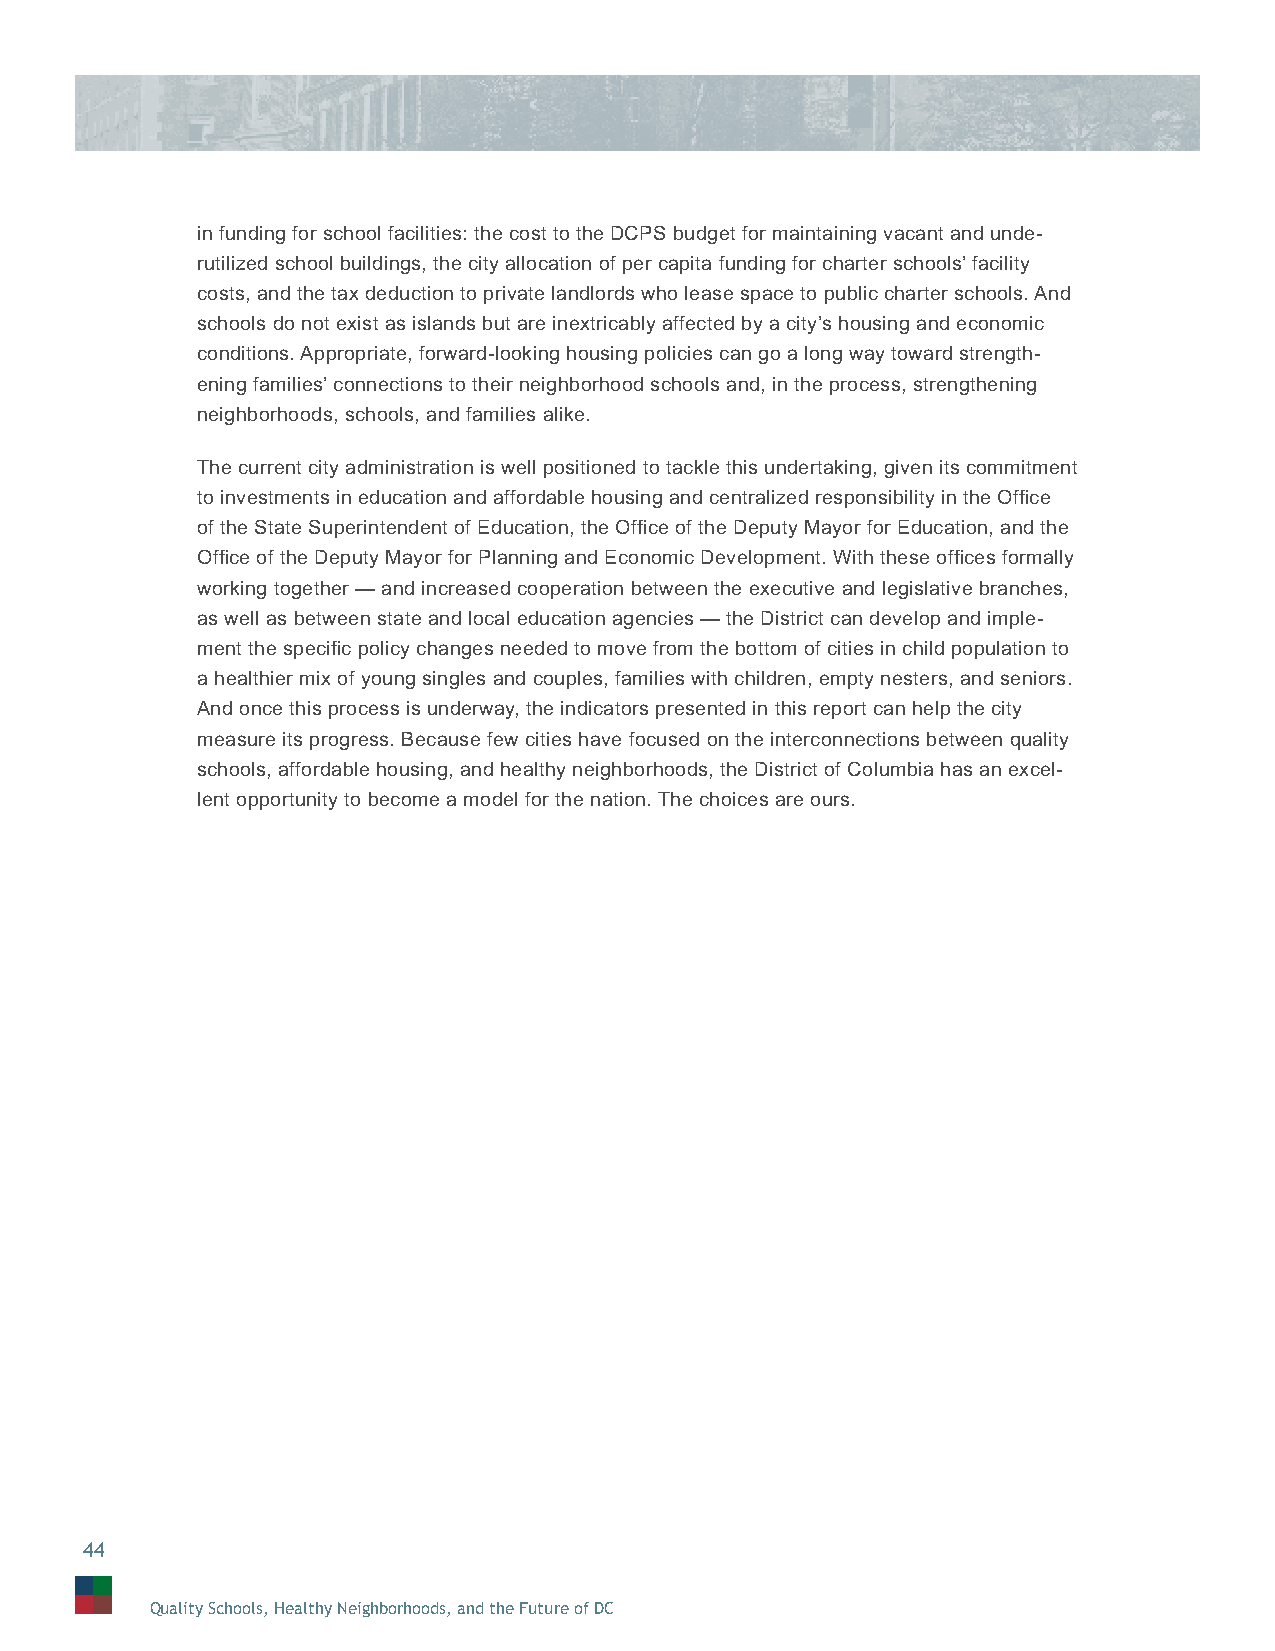
in funding for school facilities: the cost to the DCPS budget for maintaining vacant and unde-
 rutilized school buildings, the city allocation of per capita funding for charter schools’ facility
 costs, and the tax deduction to private landlords who lease space to public charter schools. And
 schools do not exist as islands but are inextricably affected by a city’s housing and economic
 conditions. Appropriate, forward-looking housing policies can go a long way toward strength-
 ening families’ connections to their neighborhood schools and, in the process, strengthening
 neighborhoods, schools, and families alike.
 The current city administration is well positioned to tackle this undertaking, given its commitment
 to investments in education and affordable housing and centralized responsibility in the Offi ce
 of the State Superintendent of Education, the Offi ce of the Deputy Mayor for Education, and the
 Offi ce of the Deputy Mayor for Planning and Economic Development. With these offi ces formally
 working together — and increased cooperation between the executive and legislative branches,
 as well as between state and local education agencies — the District can develop and imple-
 ment the specifi c policy changes needed to move from the bottom of cities in child population to
 a healthier mix of young singles and couples, families with children, empty nesters, and seniors.
 And once this process is underway, the indicators presented in this report can help the city
 measure its progress. Because few cities have focused on the interconnections between quality
 schools, affordable housing, and healthy neighborhoods, the District of Columbia has an excel-
 lent opportunity to become a model for the nation. The choices are ours.
 44
 Quality Schools, Healthy Neighborhoods, and the Future of DC